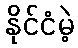
နိုင်ငံမဲ့